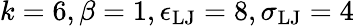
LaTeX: k=6,\beta=1,\epsilon_{\mathrm{LJ}}=8,\sigma_{\mathrm{LJ}}=4